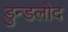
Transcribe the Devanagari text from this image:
डुन्डलोद